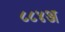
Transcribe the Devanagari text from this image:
८८४अ